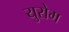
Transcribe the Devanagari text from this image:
युरोम